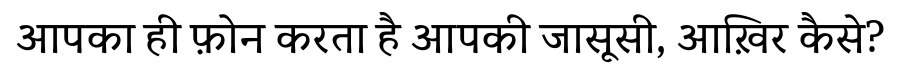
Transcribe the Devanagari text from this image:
आपका ही फ़ोन करता है आपकी जासूसी, आख़िर कैसे?